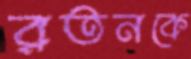
রতনকে